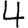
Digit: 4